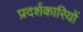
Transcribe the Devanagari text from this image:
प्रदर्शकारियों